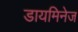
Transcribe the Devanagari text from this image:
डायमिनेज